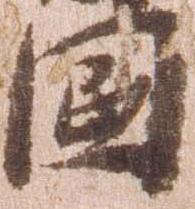
国